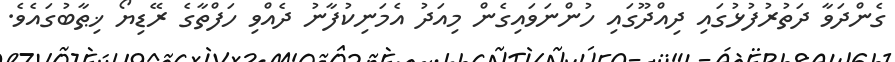
ގެންދަވާ ދަތުރުފުޅުގައި ދިއްދޫގައި ހުންނަވައިގެން މިއަދު އެމަނިކުފާނު ދެއްވި ހަފްތާގެ ރޭޑިޔޯ ޚިޠާބުގައެވެ.